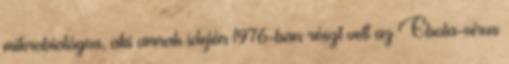
mikrobiológus, aki annak idején 1976-ban részt vett az Ebola-vírus